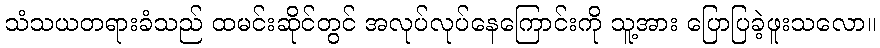
သံသယတရားခံသည် ထမင်းဆိုင်တွင် အလုပ်လုပ်နေကြောင်းကို သူ့အား ပြောပြခဲ့ဖူးသလော။